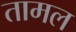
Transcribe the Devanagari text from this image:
तामल